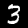
Digit: 3